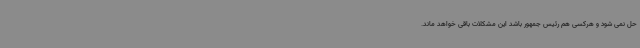
حل نمی شود و هرکسی هم رئیس جمهور باشد این مشکلات باقی خواهد ماند.